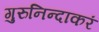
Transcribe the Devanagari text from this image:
गुरुनिन्दाकरं